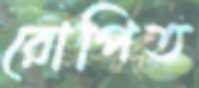
রোপিত